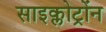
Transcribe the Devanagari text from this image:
साइक्लोट्रोंन